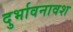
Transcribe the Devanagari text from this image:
दुर्भावनावश